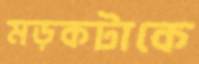
মড়কটাকে